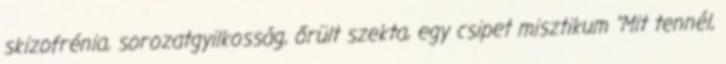
skizofrénia, sorozatgyilkosság, őrült szekta, egy csipet misztikum "Mit tennél,